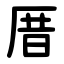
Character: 厝